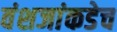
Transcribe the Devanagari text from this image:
वंशजांकडेच